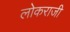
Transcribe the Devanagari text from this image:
लोकराजी